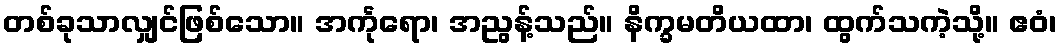
တစ်ခုသာလျှင်ဖြစ်သော။ အင်္ကုရော၊ အညွန့်သည်။ နိက္ခမတိယထာ၊ ထွက်သကဲ့သို့။ ဧဝံ၊